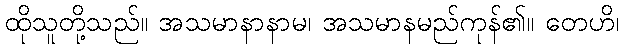
ထိုသူတို့သည်။ အသမာနာနာမ၊ အသမာနမည်ကုန်၏။ တေဟိ၊